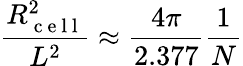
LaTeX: \frac{R_{\mathrm{~c~e~l~l~}}^{2}}{L^{2}}\approx\frac{4\pi}{2.377}\frac{1}{N}